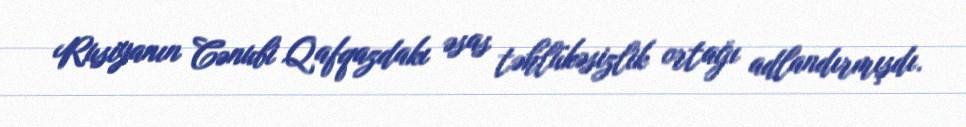
Rusiyanın Cənubi Qafqazdakı əsas təhlükəsizlik ortağı adlandırmışdı.